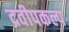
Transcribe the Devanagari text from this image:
द्रवीपकल्प